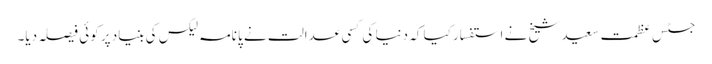
جسٹس عظمت سعید شیخ نے استفسار کیا کہ دنیا کی کسی عدالت نے پانامہ لیکس کی بنیاد پر کوئی فیصلہ دیا۔